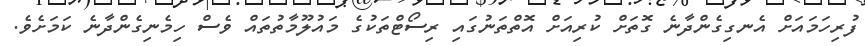
ފުރިހަމައަށް އެނގިގެންދާނެ ގޮތަށް ކުރިއަށް އޮތްތަނުގައި ރިސޯޓްތަކުގެ މައުލޫމާތުތައް ވެސް ހިމެނިގެންދާނެ ކަމަށެވެ.